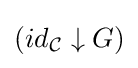
(id_{\mathcal {C}}\downarrow G)